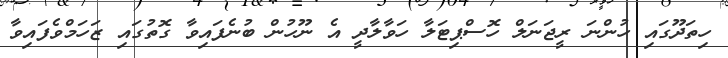
ހިތަދޫގައި ހުންނަ ރީޖަނަލް ހޮސްޕިޓަލާ ހަވާލާދީ އެ ނޫހުން ބުނެފައިވާ ގޮތުގައި ޒަހަމްވެފައިވާ